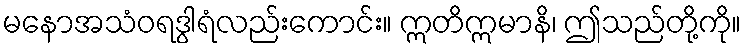
မနောအသံဝရဒွါရံလည်းကောင်း။ ဣတိဣမာနိ၊ ဤသည်တို့ကို။